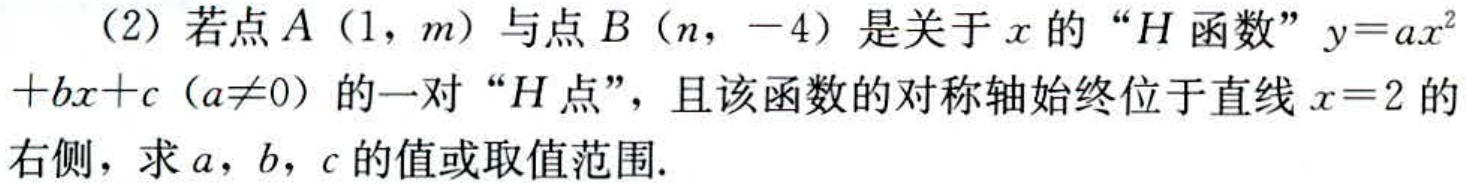
(2) 若点$A(1,m)$与点$B(n,-4)$是关于$x$的 “$H$函数”$y = ax^{2}+bx + c(a\neq0)$的一对 “$H$点”，且该函数的对称轴始终位于直线$x = 2$的右侧，求$a$，$b$，$c$的值或取值范围.